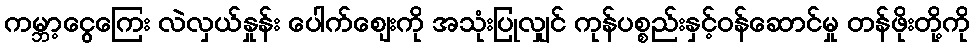
ကမ္ဘာ့ငွေကြေး လဲလှယ်နှုန်း ပေါက်ဈေးကို အသုံးပြုလျှင် ကုန်ပစ္စည်းနှင့်ဝန်ဆောင်မှု တန်ဖိုးတို့ကို